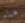
هباء